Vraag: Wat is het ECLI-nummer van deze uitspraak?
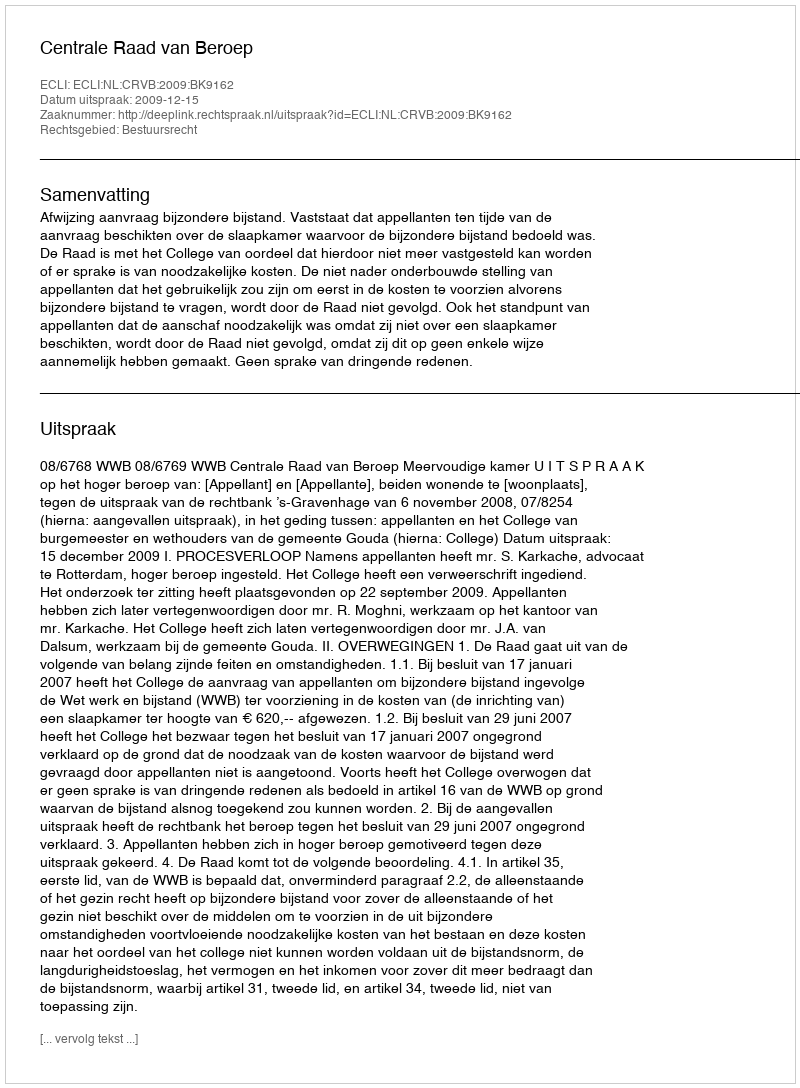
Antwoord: ECLI:NL:CRVB:2009:BK9162